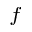
_ f